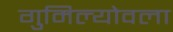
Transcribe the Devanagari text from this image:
गुमिल्योवला